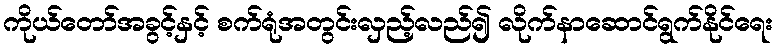
ကိုယ်တော်အခွင့်နှင့် စက်ရုံအတွင်းလှည့်လည်၍ လိုက်နာဆောင်ရွက်နိုင်ရေး